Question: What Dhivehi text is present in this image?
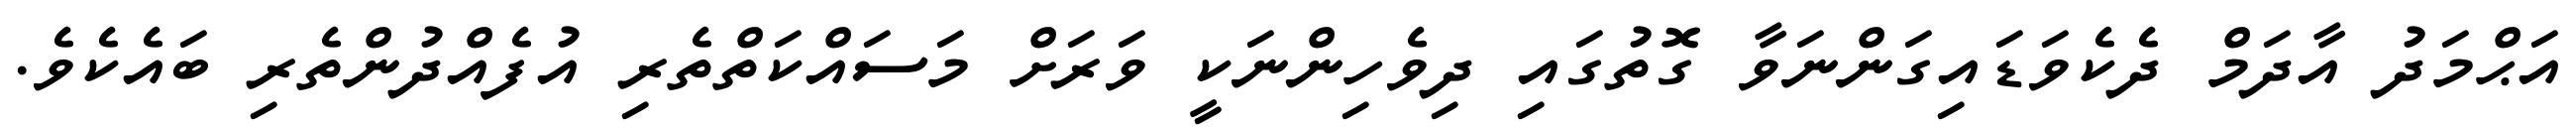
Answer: އަޙްމަދު އާދަމް ދެކެވަޑައިގަންނަވާ ގޮތުގައި ދިވެހިންނަކީ ވަރަށް މަސައްކަތްތެރި އުފެއްދުންތެރި ބައެކެވެ.